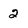
Character: 2